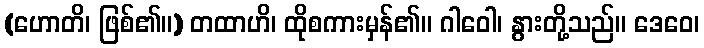
(ဟောတိ၊ ဖြစ်၏။) တထာဟိ၊ ထိုစကားမှန်၏။ ဂါဝေါ၊ နွားတို့သည်။ ဒေဝေ၊